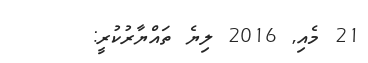
21 މެއި